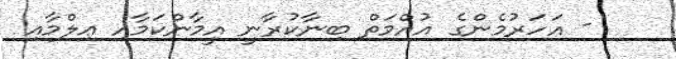
- އަހަރުމެންގެ އުއްމަތް ބިނާކުރާނީ އީމާންކަމާއި ޢިލްމާއި